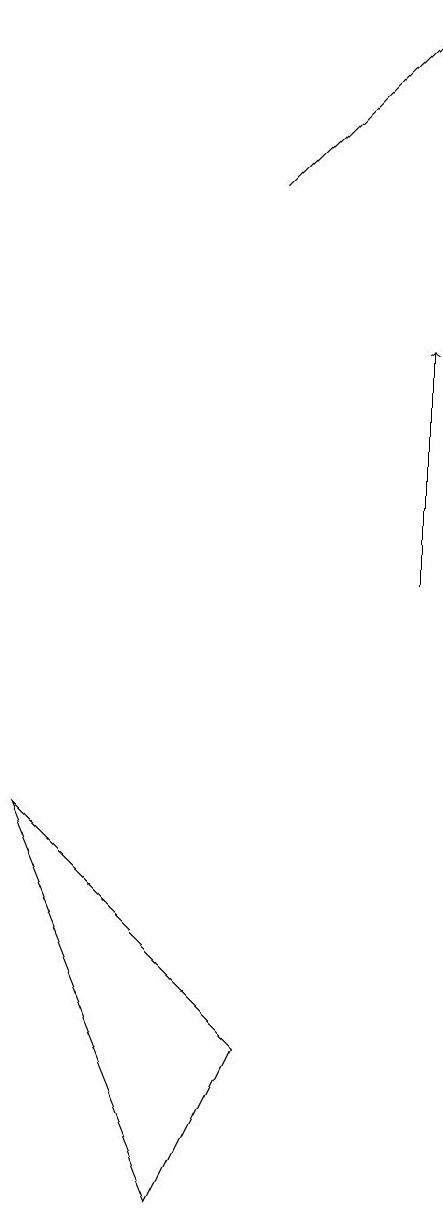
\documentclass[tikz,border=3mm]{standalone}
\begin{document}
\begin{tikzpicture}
\draw[->] (6,15) -- (8,17);
\draw[->] (8,10) -- (8,13);
\draw (3,7) -- (5,2) -- (6,4) -- cycle;
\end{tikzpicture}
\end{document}